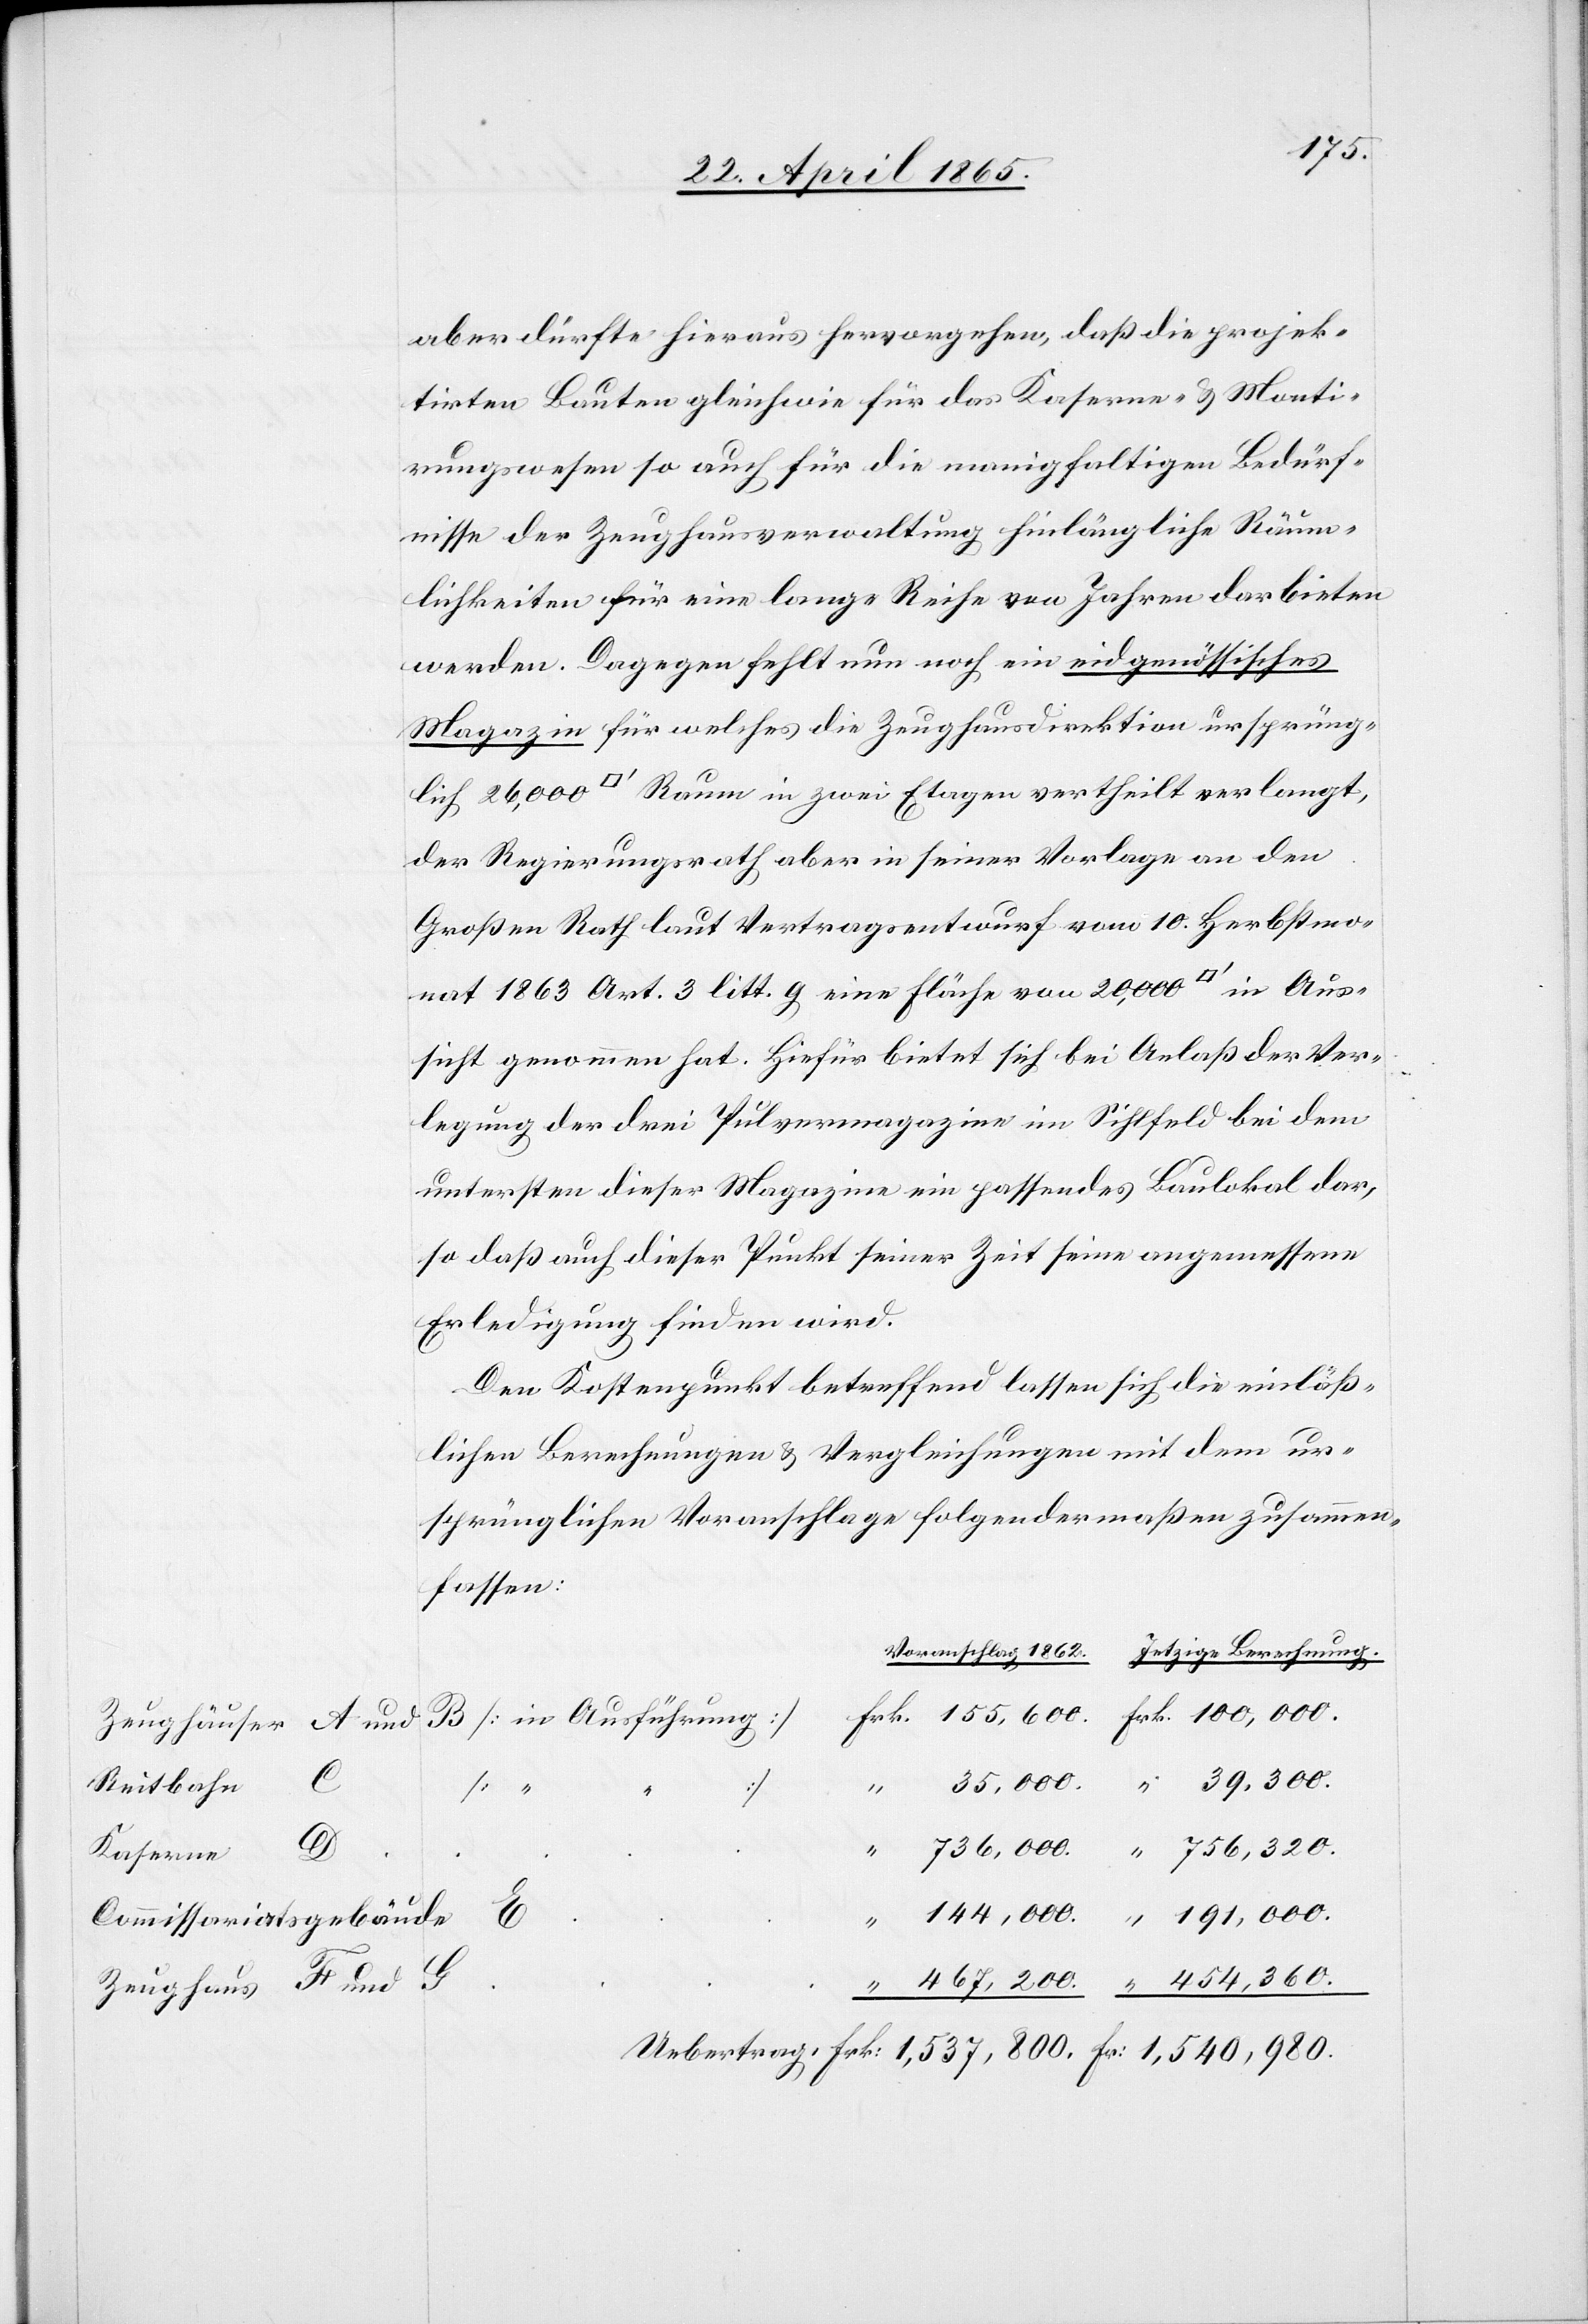
Zeughäuser A und
Reitbahn
39,300.
Kaserne
Commissiariatsgebäude
Zeughaus F und G

aber dürfte hieraus hervorgehen, daß die projek¬
tirten Bauten gleichwie für das Kaserne- & Monti¬
rungswesen so auch für die manigfaltigen Bedürf¬
nisse der Zeughausverwaltung hinlängliche Räum¬
lichkeiten für eine lange Reihe von Jahren darbieten
werden. Dagegen fehlt nun noch ein eidgenössisches
Magazin für welches die Zeughausdirektion ursprüng¬
lich 26,000 [Quadratfuss] Raum in zwei Etagen vertheilt verlangt,
der Regierungsrath aber in seiner Vorlage an den
Großen Rath laut Vertragsentwurf vom 10. Herbstmo¬
nat 1863 Art. 3 litt. g eine Fläche von 20,000 [Quadratfuss] in Aus¬
sicht genommen hat. Hiefür bietet sich bei Anlaß der Ver¬
legung der drei Pulvermagazine im Sihlfeld bei dem
untersten dieser Magazine ein passendes Baulokal dar,
so daß auch dieser Punkt seiner Zeit seine angemessene
Erledigung finden wird.
Den Kostenpunkt betreffend lassen sich die einläß¬
lichen Berechnungen & Vergleichungen mit dem ur¬
sprünglichen Voranschlage folgendermaßen zusammen¬
fassen:
B [in Ausführung]